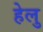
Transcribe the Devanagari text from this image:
हेलु